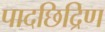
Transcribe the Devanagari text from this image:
पादछिद्रिण